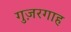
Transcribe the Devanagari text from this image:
गुज़रगाह